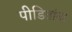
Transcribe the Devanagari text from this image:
पीडितांना